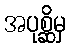
အပုစ္ဆိမှ